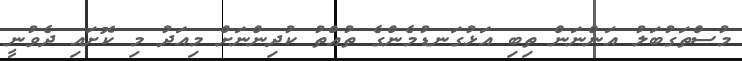
މުސްތަގުބަލު އަންނަން ތިބި އަޅުގަނޑުމެންގެ ތުއްތު ކުދިންނަށް މިއަދު މި ކޮށައި ދެވުނީ